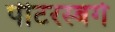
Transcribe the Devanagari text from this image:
पीटरस्बर्ग